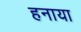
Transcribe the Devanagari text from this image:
हनाया